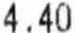
4.40